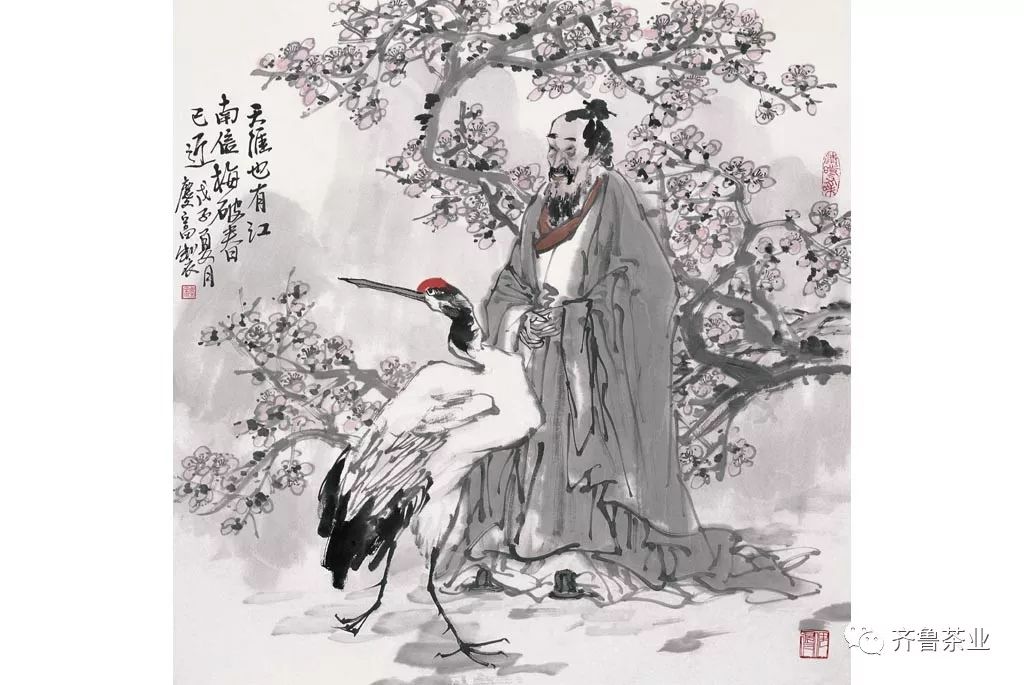
恰如灯下，故人万里，归来对影。